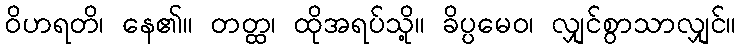
ဝိဟရတိ၊ နေ၏။ တတ္ထ၊ ထိုအရပ်သို့။ ခိပ္ပမေဝ၊ လျှင်စွာသာလျှင်။